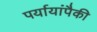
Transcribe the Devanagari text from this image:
पर्यायांपैकी